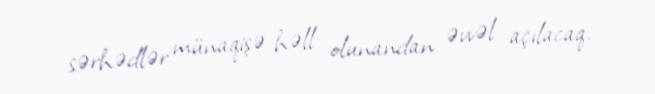
sərhədlər münaqişə həll olunandan əvvəl açılacaq.